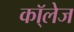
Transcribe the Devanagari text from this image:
कॉ्लेज